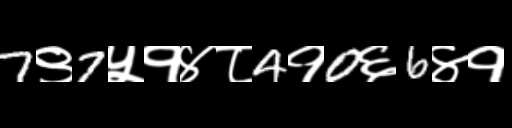
Text: 7९7५१४८4१0६6४१